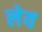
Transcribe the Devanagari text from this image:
लेय